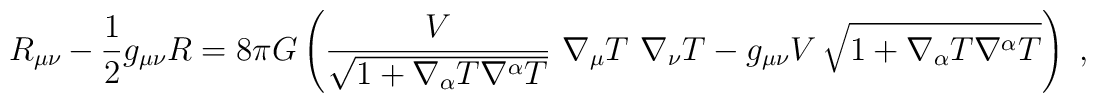
R_{\mu \nu}-\frac{1}{2} g_{\mu \nu }R= 8\pi G \left(\frac{ V}{\sqrt {1 + \nabla_\alpha T \nabla^\alpha T }}\,\,\nabla_\mu T \,\, \nabla_\nu T - g_{\mu \nu } V \,\sqrt {1 + \nabla_\alpha T \nabla^\alpha T} \right) \ ,